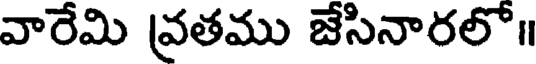
వారేమి వ్రతము జేసినారలో॥